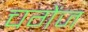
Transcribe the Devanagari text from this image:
चगेंज